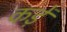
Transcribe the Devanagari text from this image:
कड़ें